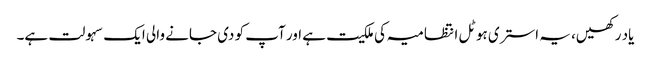
یاد رکھیں، یہ استری ہوٹل انتظامیہ کی ملکیت ہے اور آپ کو دی جانے والی ایک سہولت ہے۔